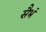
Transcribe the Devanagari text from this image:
सैभं